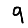
Digit: 9